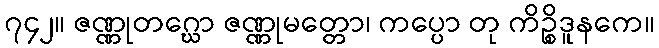
၇၄၂။ ဇဏ္ဏုတဂ္ဃော ဇဏ္ဏုမတ္တော၊ ကပ္ပော တု ကိဉ္စိဒူနကေ။